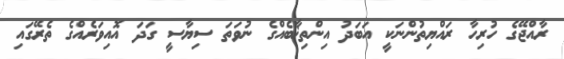
ރާއްޖޭގެ ހުރިހާ ރައްޔިތުންނަކީ އަބަދު އިންތިޚާބެއްގެ ނުވަތަ ސިޔާސީ ގަދަ އޮއިވަރެއްގެ ތެރޭގައި